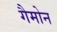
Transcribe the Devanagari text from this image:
गैमोन